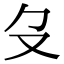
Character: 𠬛